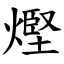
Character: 熞